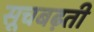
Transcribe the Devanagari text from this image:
सूचबढ़ती